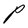
Character: P